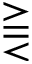
\gtreqqless